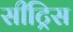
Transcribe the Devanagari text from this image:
सीट्रिस